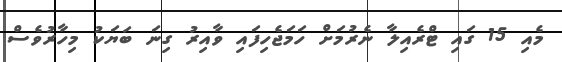
މެއި 15 ގައި ޓްރެއިލާ ނެރުމަށް ހަމަޖެހިފައި ވާއިރު ގިނަ ބަޔަކު މިހާރުވެސް